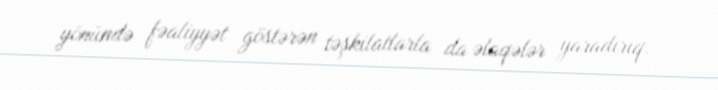
yönündə fəaliyyət göstərən təşkilatlarla da əlaqələr yaradırıq.